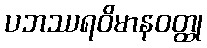
ပဘဿရဝိမာနဝတ္ထု